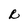
Character: R